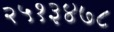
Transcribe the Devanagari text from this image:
२५१३४७८